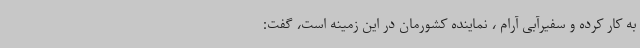
به کار کرده و سفیرآبی آرام ، نماینده کشورمان در این زمینه است، گفت: